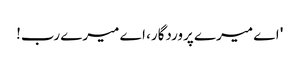
' اے میرے پروردگار، اے میرے رب!